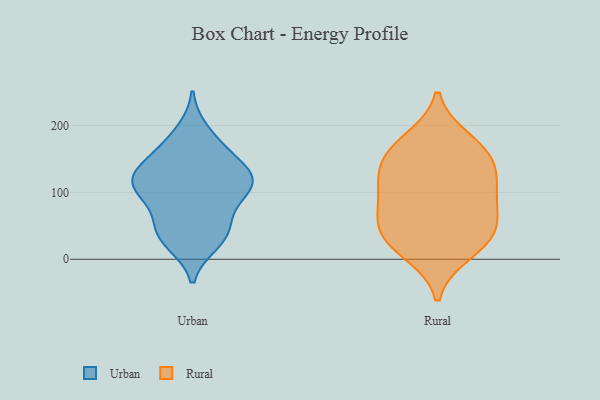
{"axis": {"x": "Production Output", "y": "Value"}, "legend": ["Rural", "Urban"], "data": [{"x": "", "y": 191, "type": "Urban"}, {"x": "", "y": 103, "type": "Urban"}, {"x": "", "y": 119, "type": "Urban"}, {"x": "", "y": 115, "type": "Urban"}, {"x": "", "y": 136, "type": "Urban"}, {"x": "", "y": 25, "type": "Urban"}, {"x": "", "y": 55, "type": "Urban"}, {"x": "", "y": 167, "type": "Urban"}, {"x": "", "y": 124, "type": "Urban"}, {"x": "", "y": 37, "type": "Urban"}, {"x": "", "y": 91, "type": "Urban"}, {"x": "", "y": 114, "type": "Urban"}, {"x": "", "y": 49, "type": "Urban"}, {"x": "", "y": 98, "type": "Urban"}, {"x": "", "y": 30, "type": "Urban"}, {"x": "", "y": 133, "type": "Urban"}, {"x": "", "y": 162, "type": "Urban"}, {"x": "", "y": 80, "type": "Rural"}, {"x": "", "y": 38, "type": "Rural"}, {"x": "", "y": 10, "type": "Rural"}, {"x": "", "y": 163, "type": "Rural"}, {"x": "", "y": 139, "type": "Rural"}, {"x": "", "y": 125, "type": "Rural"}, {"x": "", "y": 102, "type": "Rural"}, {"x": "", "y": 24, "type": "Rural"}, {"x": "", "y": 100, "type": "Rural"}, {"x": "", "y": 52, "type": "Rural"}, {"x": "", "y": 157, "type": "Rural"}, {"x": "", "y": 178, "type": "Rural"}, {"x": "", "y": 47, "type": "Rural"}]}